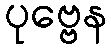
ပုဗ္ဗေန